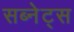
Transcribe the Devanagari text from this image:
सब्नेट्स